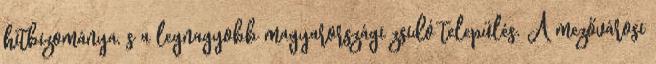
hitbizománya, s a legnagyobb magyarországi zsidó település. A mezővárosi